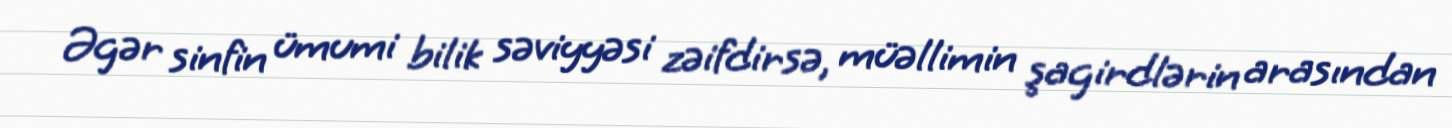
Əgər sinfin ümumi bilik səviyyəsi zəifdirsə, müəllimin şagirdlərin arasından